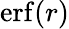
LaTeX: \mathrm{erf}(r)